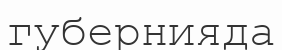
губернияда